Leaving Certificate Examination, 1916
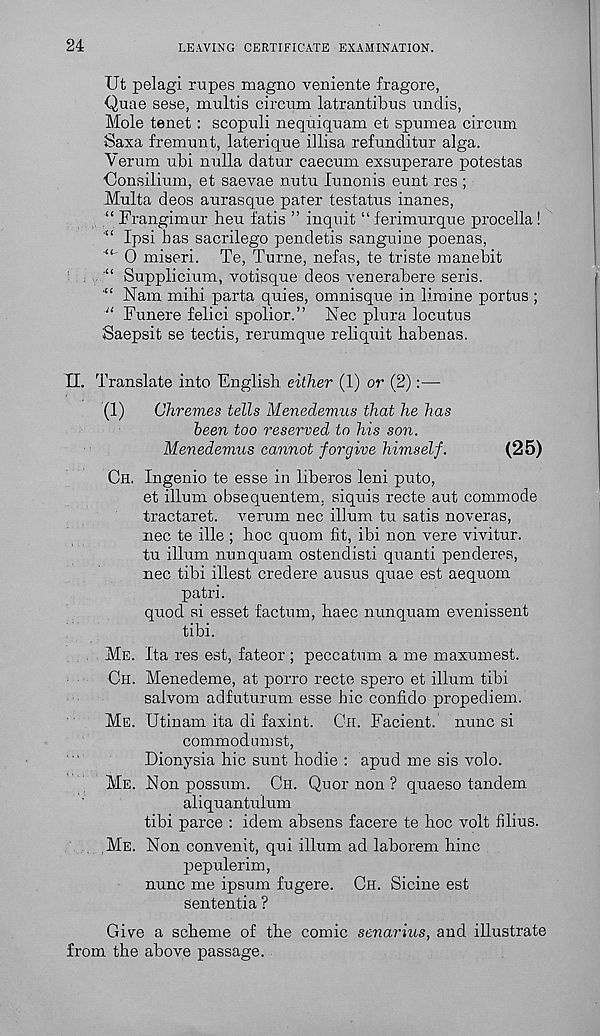
24
LEAVING CERTIFICATE EXAMINATION.
Ut pelagi rapes magno veniente fragore,
Quae sese, multis circum latrantibus undis,
Mole tenet : scopuli nequiquam et spumea circum
Saxa fremunt, laterique illisa refunditur alga.
Yerum ubi nulla datur caecum exsuperare potestas
Consilium, et saevae nutu lunonis eunt res ;
Multa decs aurasque pater testatus inanes,
“ Frangimur hen fatis ” inquit “ferimurque procella!
Ipsi has sacrilego pendetis sanguine poenas,
0 miseri. Te, Turne, nefas, te triste manebit
“ Supplicium, votisque deos venerabere seris.
Nam mihi parta quies, omnisque in limine portus ;
u Funere felici spolior.” Nec plura locutus
Saepsit se tectis, rerumque reliquit habenas.
II. Translate into English, either (1) or (2):—
(1)
Chremes tells Menedemus that he has
been too reserved to his son.
Menedemus cannot forgive himself.
(25)
CH. Ingenio te esse in liberos leni puto,
et ilium obsequentem. siquis recte aut commode
tractaret. A r erum nec ilium tu satis noveras,
nee te ille ; hoc quom fit, ibi non vere vivitur.
tu ilium nunquam ostendisti quanti penderes,
nec tibi illest credere ausus quae est aequom
patri.
quod si esset factum, haec nunquam evenissent
tibi.
ME. Ita res est, fateor ; peccatum a me maxumest.
CH. Menedeme, at porro recte spero et ilium tibi
salvom adfuturum esse hie confido propediem.
ME. Utinam ita di faxint. CH. Facient. nunc si
commodumst,
Dionysia hie sunt hodie : apud me sis volo.
ME. Non possum. CH. Quor non ? quaeso tandem
aliquantulum
tibi parce : idem absens facere te hoc volt Alius.
ME. Non convenit, qui ilium ad laborem hinc
pepulerim,
nunc me ipsum fugere. CH. Sicine est
sententia ?
Give a scheme of the comic senarius, and illustrate
from the above passage.